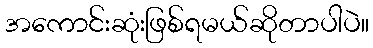
အကောင်းဆုံးဖြစ်ရမယ်ဆိုတာပါပဲ။